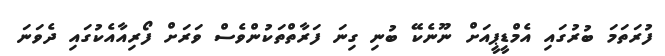
ފުރަތަމަ ބުރުގައި އެމްޑީޕީއަށް ނޫނެކޭ ބުނި ގިނަ ފަރާތްތަކުންވެސް ވަރަށް ފޯރިއާއެކުގައި ދެވަނަ